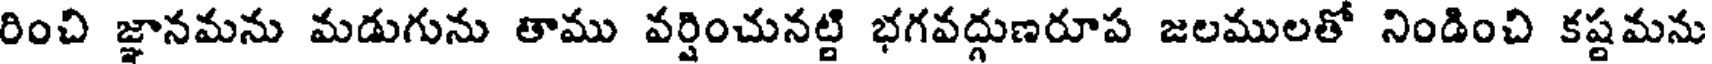
రించి జ్ఞానమను మడుగును తాము వర్షించునట్టి భగవద్గుణరూప జలములతో నిండించి కష్టమను